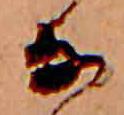
な